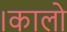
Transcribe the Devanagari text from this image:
।कालो